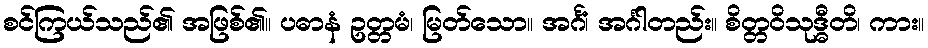
စင်ကြယ်သည်၏ အဖြစ်၏။ ပဓာနံ ဥတ္တမံ၊ မြတ်သော။ အင်္ဂံ၊ အင်္ဂါတည်း။ စိတ္တဝိသုဒ္ဓီတိ၊ ကား။